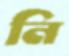
নি